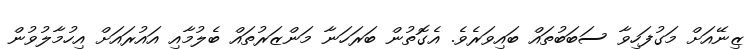
ޒިނޭއަށް މަގުފަހިވާ ސަބަބުތައް ބައިވަރެވެ. އެގޮތުން ބަރަހަނާ މަންޒަރުތައް ބެލުމާއި އައުރައަށް އިހުމާލުވުން